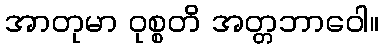
အာတုမာ ဝုစ္စတိ အတ္တဘာဝေါ။